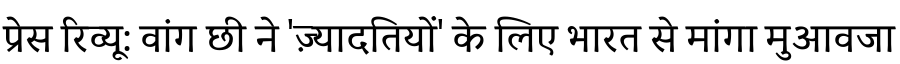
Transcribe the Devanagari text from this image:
प्रेस रिव्यू: वांग छी ने 'ज़्यादतियों' के लिए भारत से मांगा मुआवजा